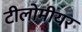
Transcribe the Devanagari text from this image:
टीलोमीयर